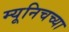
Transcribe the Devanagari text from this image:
म्यूनिचच्या